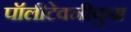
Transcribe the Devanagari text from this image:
पॉलीटेक्नीकुम